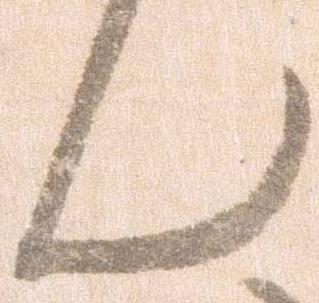
ん